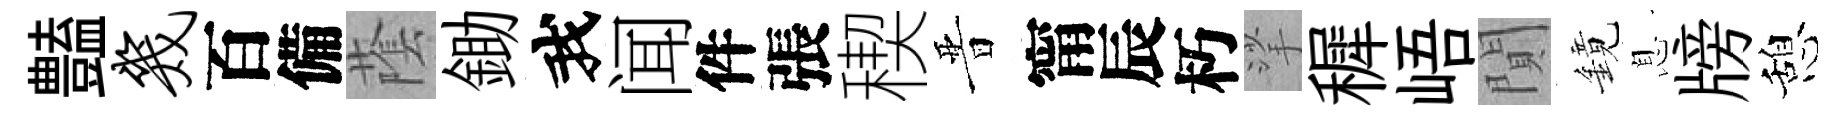
𧰟几百備䕃鋤我闻件張稧晋甯辰朽挲穉峿閴鏡息牓憩